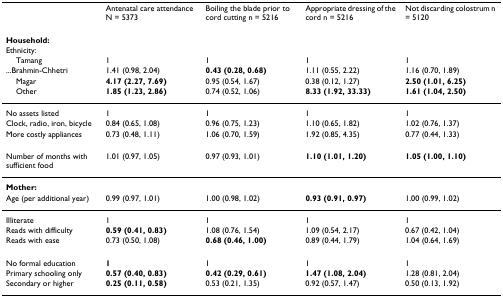
<table><thead><tr><td></td><td><b>Antenatal care attendance N = 5373</b></td><td><b>Boiling the blade prior to cord cutting n = 5216</b></td><td><b>Appropriate dressing of the cord n = 5216</b></td><td><b>Not discarding colostrum n = 5120</b></td></tr></thead><tbody><tr><td><b>Household:</b></td><td></td><td></td><td></td><td></td></tr><tr><td>Ethnicity:</td><td></td><td></td><td></td><td></td></tr><tr><td> Tamang</td><td>1</td><td>1</td><td>1</td><td>1</td></tr><tr><td>...Brahmin-Chhetri</td><td>1.41 (0.98, 2.04)</td><td><b>0.43 (0.28, 0.68)</b></td><td>1.11 (0.55, 2.22)</td><td>1.16 (0.70, 1.89)</td></tr><tr><td> Magar</td><td><b>4.17 (2.27, 7.69)</b></td><td>0.95 (0.54, 1.67)</td><td>0.38 (0.12, 1.27)</td><td><b>2.50 (1.01, 6.25)</b></td></tr><tr><td> Other</td><td><b>1.85 (1.23, 2.86)</b></td><td>0.74 (0.52, 1.06)</td><td><b>8.33 (1.92, 33.33)</b></td><td><b>1.61 (1.04, 2.50)</b></td></tr><tr><td>No assets listed</td><td>1</td><td>1</td><td>1</td><td>1</td></tr><tr><td>Clock, radio, iron, bicycle</td><td>0.84 (0.65, 1.08)</td><td>0.96 (0.75, 1.23)</td><td>1.10 (0.65, 1.82)</td><td>1.02 (0.76, 1.37)</td></tr><tr><td>More costly appliances</td><td>0.73 (0.48, 1.11)</td><td>1.06 (0.70, 1.59)</td><td>1.92 (0.85, 4.35)</td><td>0.77 (0.44, 1.33)</td></tr><tr><td>Number of months with sufficient food</td><td>1.01 (0.97, 1.05)</td><td>0.97 (0.93, 1.01)</td><td><b>1.10 (1.01, 1.20)</b></td><td><b>1.05 (1.00, 1.10)</b></td></tr><tr><td><b>Mother:</b></td><td></td><td></td><td></td><td></td></tr><tr><td>Age (per additional year)</td><td>0.99 (0.97, 1.01)</td><td>1.00 (0.98, 1.02)</td><td><b>0.93 (0.91, 0.97)</b></td><td>1.00 (0.99, 1.02)</td></tr><tr><td>Illiterate</td><td>1</td><td>1</td><td>1</td><td>1</td></tr><tr><td>Reads with difficulty</td><td><b>0.59 (0.41, 0.83)</b></td><td>1.08 (0.76, 1.54)</td><td>1.09 (0.54, 2.17)</td><td>0.67 (0.42, 1.04)</td></tr><tr><td>Reads with ease</td><td>0.73 (0.50, 1.08)</td><td><b>0.68 (0.46, 1.00)</b></td><td>0.89 (0.44, 1.79)</td><td>1.04 (0.64, 1.69)</td></tr><tr><td>No formal education</td><td><b>1</b></td><td>1</td><td>1</td><td>1</td></tr><tr><td>Primary schooling only</td><td><b>0.57 (0.40, 0.83)</b></td><td><b>0.42 (0.29, 0.61)</b></td><td><b>1.47 (1.08, 2.04)</b></td><td>1.28 (0.81, 2.04)</td></tr><tr><td>Secondary or higher</td><td><b>0.25 (0.11, 0.58)</b></td><td>0.53 (0.21, 1.35)</td><td>0.92 (0.57, 1.47)</td><td>0.50 (0.13, 1.92)</td></tr></tbody></table>